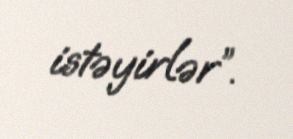
istəyirlər”.